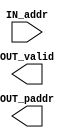
module CacheTable (
	IN_addr,
	OUT_valid,
	OUT_paddr
);
	parameter SIZE = 16;
	parameter ASSOC = 4;
	parameter NUM_LOOKUPS = 2;
	input wire [(NUM_LOOKUPS * 26) - 1:0] IN_addr;
	output wire [NUM_LOOKUPS - 1:0] OUT_valid;
	output wire [(NUM_LOOKUPS * 6) - 1:0] OUT_paddr;
endmodule